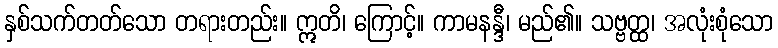
နှစ်သက်တတ်သော တရားတည်း။ ဣတိ၊ ကြောင့်။ ကာမနန္ဒီ၊ မည်၏။ သဗ္ဗတ္ထ၊ အလုံးစုံသော